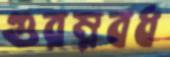
গুরম্নবধ